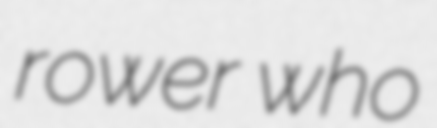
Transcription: rower who